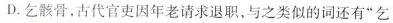
D.乞骸骨，古代官吏因年老请求退职，与之类似的词还有”乞